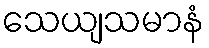
သေယျသမာနံ